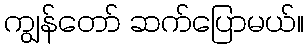
ကျွန်တော် ဆက်ပြောမယ်။